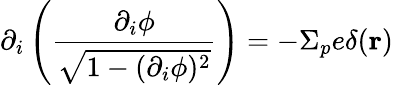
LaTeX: \partial_{i}\left(\frac{\partial_{i}\phi}{\sqrt{1-(\partial_{i}\phi)^{2}}}\right)=-\Sigma_{p}e\delta({\mathbf r})